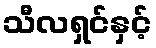
သီလရှင်နှင့်